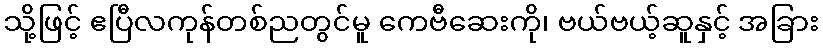
သို့ဖြင့် ဧပြီလကုန်တစ်ညတွင်မူ ကေဗီဆေးကို၊ ဗယ်ဗယ့်ဆူနှင့် အခြား